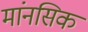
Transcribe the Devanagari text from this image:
मांनसिक